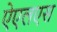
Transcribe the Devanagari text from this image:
ऐएलएस